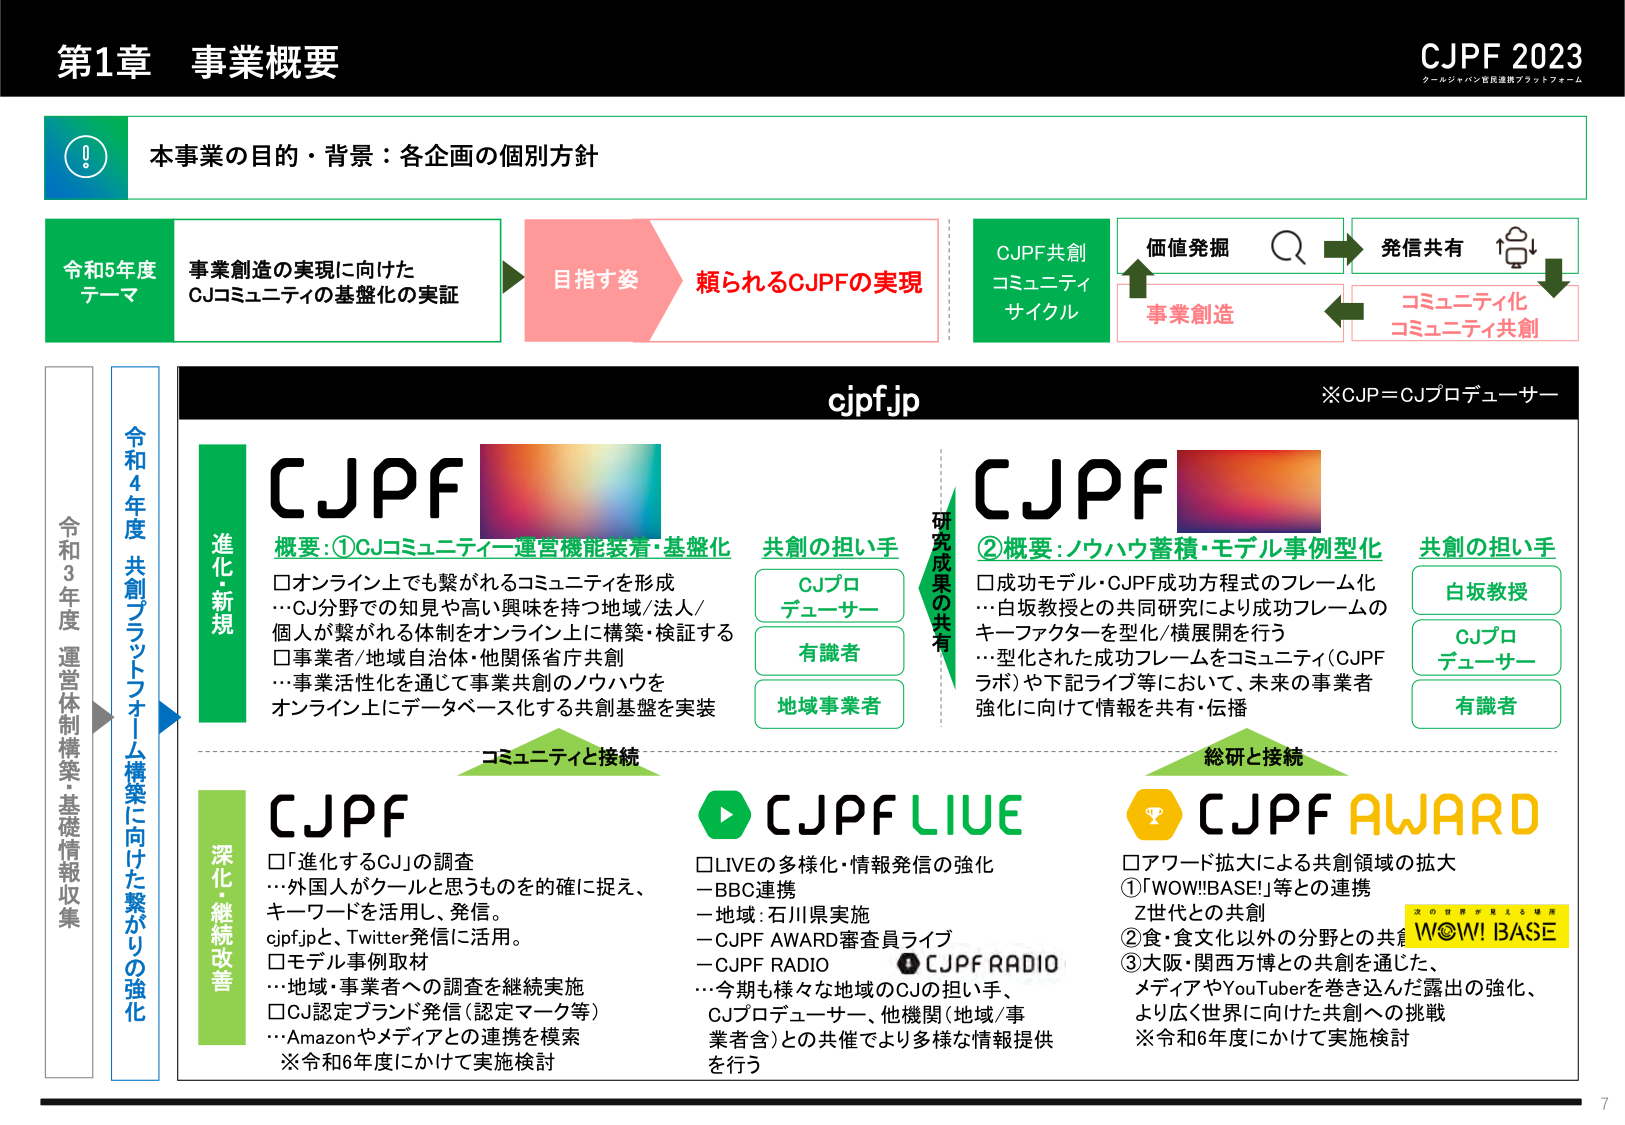
第1章 事業概要
CJPF 2023
クールジャパン官民連携プラットフォーム

本事業の目的・背景：各企画の個別方針

令和5年度
テーマ
事業創造の実現に向けた
CJコミュニティの基盤化の実証

目指す姿
頼られるCJPFの実現

CJPF共創
コミュニティ
サイクル

価値発掘
発信共有
事業創造
コミュニティ化
コミュニティ共創

cjpf.jp
※CJP＝CJプロデューサー

CJPF
概要：①CJコミュニティー運営機能装着・基盤化
□オンライン上でも繋がれるコミュニティを形成
…CJ分野での知見や高い興味を持つ地域/法人/
個人が繋がれる体制をオンライン上に構築・検証する
□事業者/地域自治体・他関係省庁共創
…事業活性化を通じて事業共創のノウハウを
オンライン上にデータベース化する共創基盤を実装

共創の担い手
CJプロデューサー
有識者
地域事業者

研究成果の共有

CJPF
②概要：ノウハウ蓄積・モデル事例型化
□成功モデル・CJPF成功方程式のフレーム化
…白坂教授との共同研究により成功フレームの
キーファクターを型化/横展開を行う
…型化された成功フレームをコミュニティ（CJPF
ラボ）や下記ライブ等において、未来の事業者
強化に向けて情報を共有・伝播

共創の担い手
白坂教授
CJプロデューサー
有識者

コミュニティと接続
総研と接続

CJPF
深化・継続改善
□「進化するCJ」の調査
…外国人がクールと思うものを的確に捉え、
キーワードを活用し、発信。
cjpf.jpと、Twitter発信に活用。
□モデル事例取材
…地域・事業者への調査を継続実施
□CJ認定ブランド発信（認定マーク等）
…Amazonやメディアとの連携を模索
※令和6年度にかけて実施検討

CJPF LIVE
□LIVEの多様化・情報発信の強化
－BBC連携
－地域：石川県実施
－CJPF AWARD審査員ライブ
－CJPF RADIO
…今期も様々な地域のCJの担い手、
CJプロデューサー、他機関（地域/事業者含）との共催でより多様な情報提供を行う

CJPF AWARD
□アワード拡大による共創領域の拡大
①「WOW!!BASE」等との連携
Z世代との共創
②食・食文化以外の分野との共創
③大阪・関西万博との共創を通じた、
メディアやYouTuberを巻き込んだ露出の強化、
より広く世界に向けた共創への挑戦
※令和6年度にかけて実施検討

WOW!!BASE
コウワープリズム

令和3年度 運営体制構築・基礎情報収集
令和4年度 共創プラットフォーム構築に向けた繋がりの強化
進化・新規

7